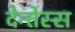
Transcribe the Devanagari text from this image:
देन्तेस्स